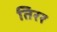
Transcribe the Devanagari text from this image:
तिरर